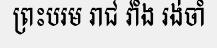
ព្រះបរម រាជ វាំង រង់ចាំ